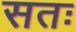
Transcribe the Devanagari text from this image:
सतः